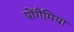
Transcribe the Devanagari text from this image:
पोंगैमिया